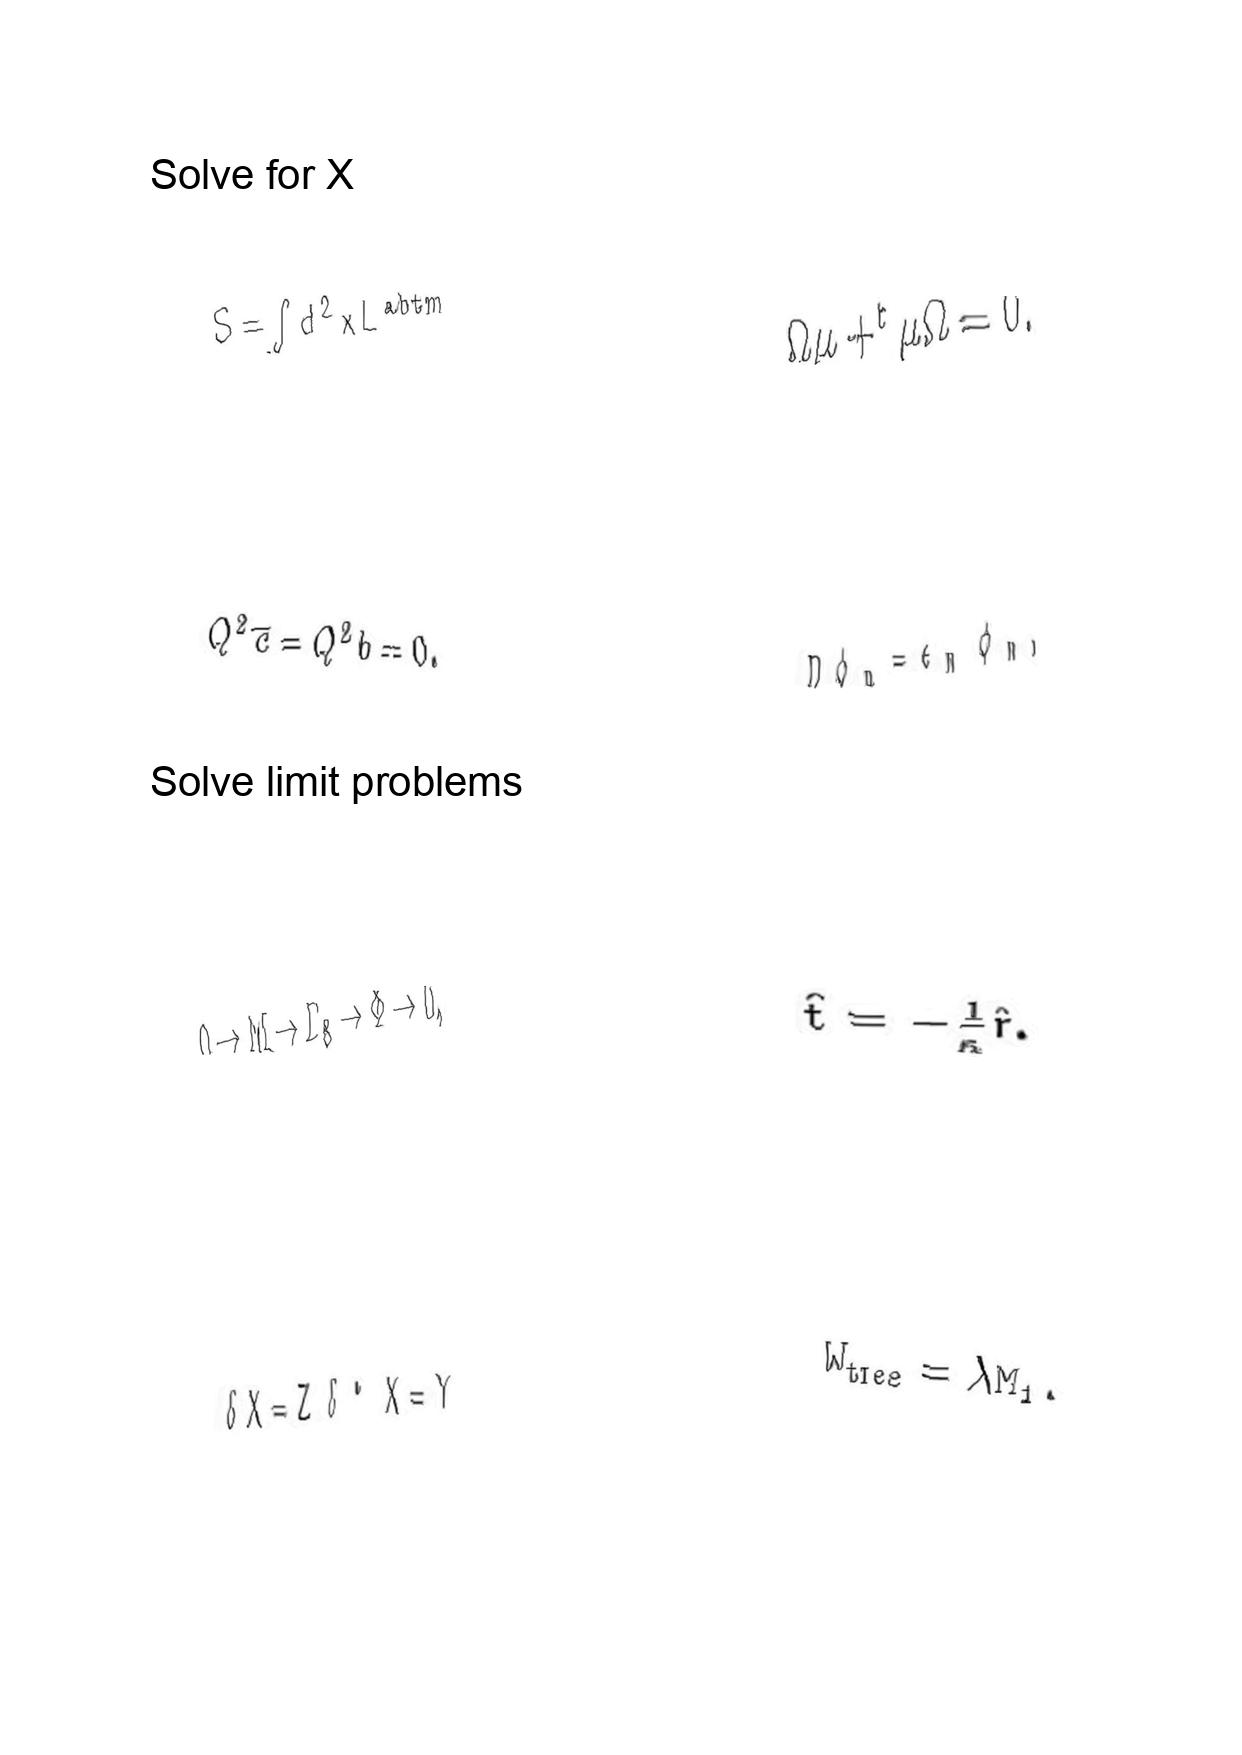
LaTeX transcription:
S = \int d ^ { 2 } x L ^ { \mathrm { a b t m } }
Q ^ { 2 } \overline { c } = Q ^ { 2 } b = 0 .
0 \to M \to \Gamma _ { 8 } \to \Phi \to 0 ,
\delta X = Z \delta ^ { \ast } X = Y
\Omega \mu + ^ { t } \mu \Omega = 0 .
D \phi _ { n } = \epsilon _ { n } \phi _ { n } ,
\hat { t } = - \frac { 1 } { \kappa } \hat { r } .
W _ { \mathrm { t r e e } } = \lambda M _ { 1 } .